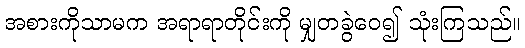
အစားကိုသာမက အရာရာတိုင်းကို မျှတခွဲဝေ၍ သုံးကြသည်။